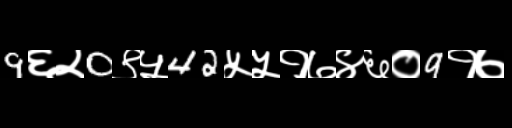
Text: 9६२0९५42५५१७४६०9१७